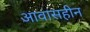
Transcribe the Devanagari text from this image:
आवासहीन